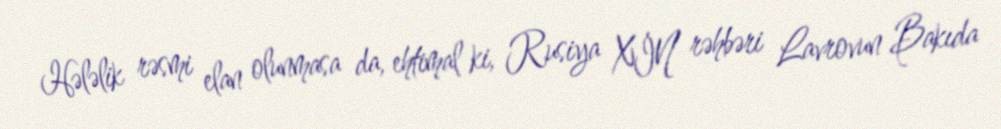
Hələlik rəsmi elan olunmasa da, ehtimal ki, Rusiya XİN rəhbəri Lavrovun Bakıda